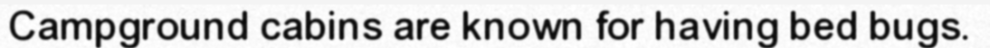
Campground cabins are known for having bed bugs.